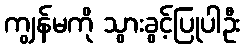
ကျွန်မကို သွားခွင့်ပြုပါဦး